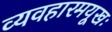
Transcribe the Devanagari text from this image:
व्यवहारमयूखः